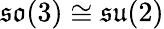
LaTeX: {\mathfrak{so}}(3)\cong{\mathfrak{su}}(2)